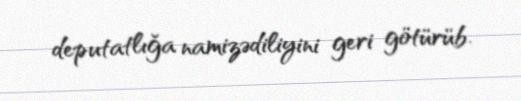
deputatlığa namizədiliyini geri götürüb.